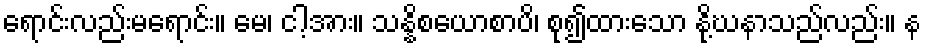
ရောင်းလည်းမရောင်း။ မေ၊ ငါ့အား။ သန္နိစယောစာပိ၊ စု၍ထားသော နို့ဃနာသည်လည်း။ န